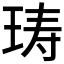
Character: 𰡽